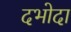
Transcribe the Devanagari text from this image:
दभोदा